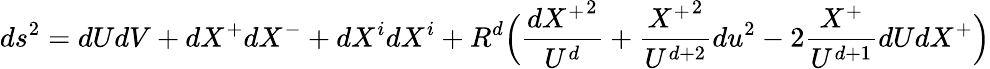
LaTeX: ds^{2}=dUdV+dX^{+}dX^{-}+dX^{i}dX^{i}+R^{d}\Big(\frac{{dX^{+}}^{2}}{U^{d}}+\frac{{X^{+}}^{2}}{U^{d+2}}du^{2}-2\frac{X^{+}}{U^{d+1}}dUdX^{+}\Big)